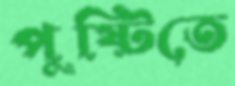
পুষ্টিতে